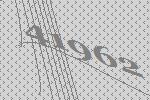
41962